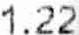
1.22